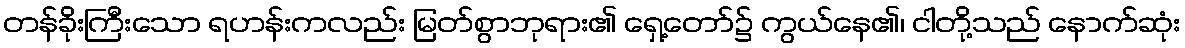
တန်ခိုးကြီးသော ရဟန်းကလည်း မြတ်စွာဘုရား၏ ရှေ့တော်၌ ကွယ်နေ၏၊ ငါတို့သည် နောက်ဆုံး